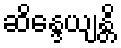
ဆိန္ဒေယျန္တိ